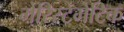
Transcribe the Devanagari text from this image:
मेरिस्टेमेटिक